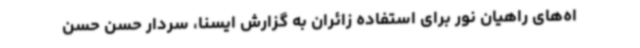
اه‌های راهیان نور برای استفاده زائران به گزارش ایسنا، سردار حسن حسن